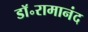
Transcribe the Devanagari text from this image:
डॉ॰रामानंद